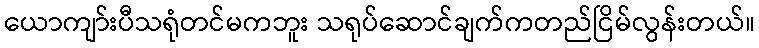
ယောကျာ်းပီသရုံတင်မကဘူး သရုပ်ဆောင်ချက်ကတည်ငြိမ်လွန်းတယ်။